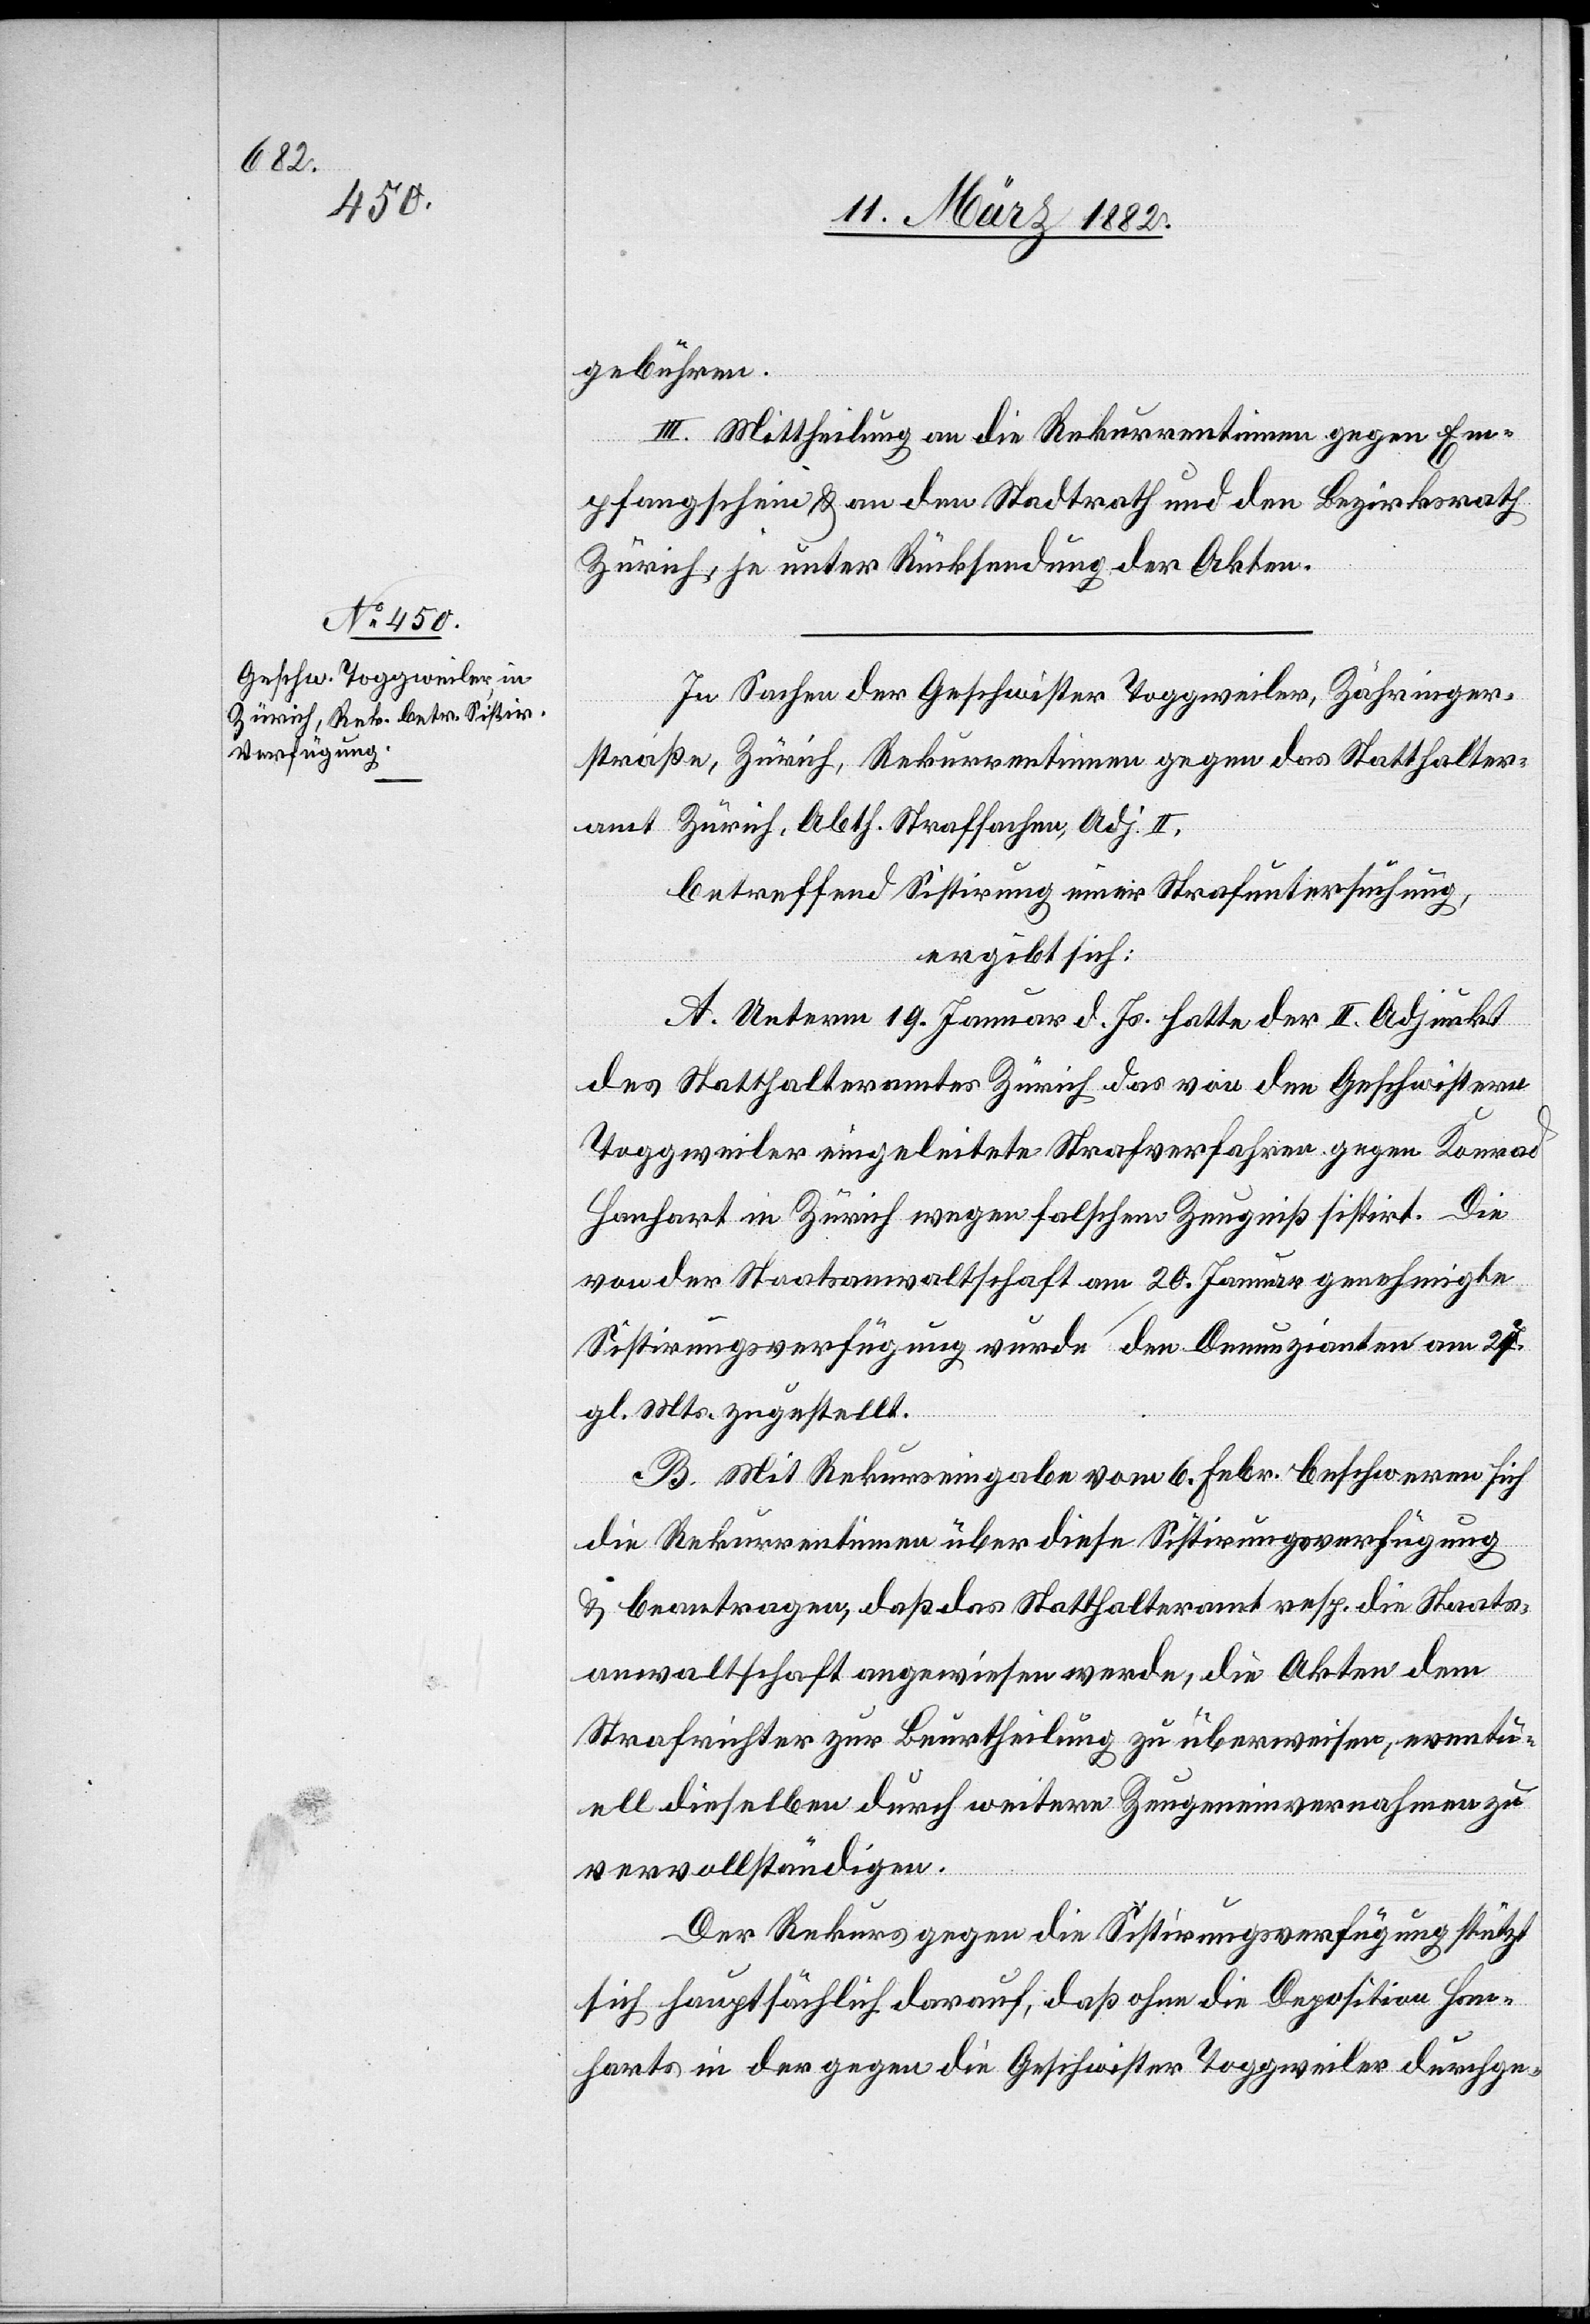
gebühren.
III. Mittheilung an die Rekurrentinnen gegen Em¬
pfangschein & an den Stadtrath und den Bezirksrath
Zürich, je unter Rücksendung der Akten.
In Sachen der Geschwister Toggweiler, Zähringer¬
straße, Zürich, Rekurrentinnen gegen das Statthalter¬
amt Zürich, Abth. Strafsachen, Adj. II,
betreffend Sistierung einer Strafuntersuchung,
ergibt sich:
A. Unterm 19. Januar d. Js. hatte der II. Adjunkt
des Statthalteramtes Zürich das von den Geschwister
Toggweiler eingeleitete Strafverfahren gegen Konrad
Hanhart in Zürich wegen falschem Zeugniß sistirt. Die
von der Staatsanwaltschaft am 20. Januar genehmigte
Sistirungsverfügung wurde den Denunzianten am 27.
gl. Mts. zugestellt.
B. Mit Rekurseingabe vom 6. Febr. beschweren sich
die Rekurrentinnen über diese Sistierungsverfügung
& beantragen, daß das Statthalteramt resp. die Staats¬
anwaltschaft angewiesen werde, die Akten dem
Strafgerichte zur Beurtheilung zu überweisen, eventu¬
ell dieselben durch weitere Zeugnisvernahmen zu
vervollständigen.
Der Rekurs gegen die Sistirungsverfügung stützt
sich hauptsächlich darauf, daß ohne die Deposition Han¬
harts in der gegen die Geschwister Toggweiler durchge-